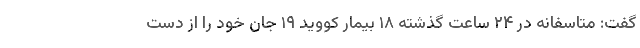
گفت: متاسفانه در ۲۴ ساعت گذشته ۱۸ بیمار کووید ۱۹ جان خود را از دست